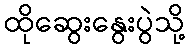
ထိုဆွေးနွေးပွဲသို့